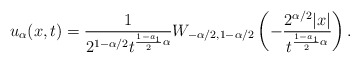
\begin{align*}u_{\alpha}(x,t)=\frac{1}{2^{1-\alpha/2}t^{\frac{1-a_1}{2}\alpha}}W_{-\alpha/2, 1-\alpha/2}\left(-\frac{2^{\alpha/2}|x|}{t^{\frac{1-a_1}{2}\alpha}}\right).\end{align*}